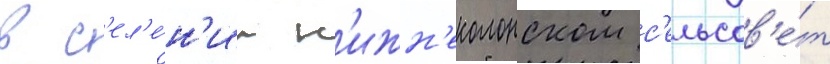
в с'ел'е́н'ии н'ижн'еколонском с'ельсов'е́т